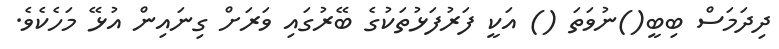
ދިދަމަސް ބިބީ()ނުވަތަ () އަކީ ފަރުފަޅުތަކުގެ ބޭރުގައި ވަރަށް ގިނައިން އުޅޭ މަހެކެވެ.